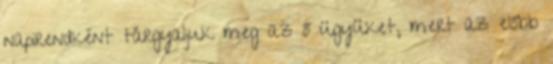
napirendként tárgyaljuk meg az ő ügyüket, mert az előbb